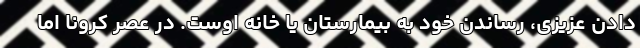
دادن عزیزی، رساندن خود به بیمارستان یا خانه اوست. در عصر کرونا اما